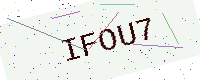
Text: IFOU7